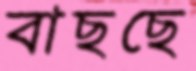
বাছছে